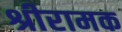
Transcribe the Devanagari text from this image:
श्रीरामक